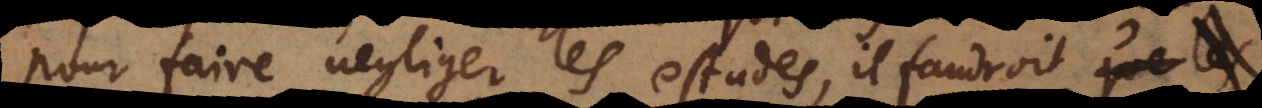
pour faire negliger les estudes, il faudroit